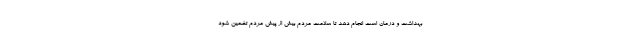
بهداشت و درمان است انجام دهد تا سلامت مردم بیش از پیش مردم تضمین شود